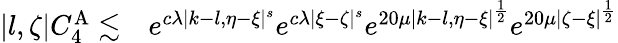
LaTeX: \begin{array}{rl}{|l,\zeta|C_{4}^{\mathrm{A}}\lesssim}&{{}e^{c\lambda|k-l,\eta-\xi|^{s}}e^{c\lambda|\xi-\zeta|^{s}}e^{20\mu|k-l,\eta-\xi|^{\frac 12}}e^{20\mu|\zeta-\xi|^{\frac 12}}}\end{array}